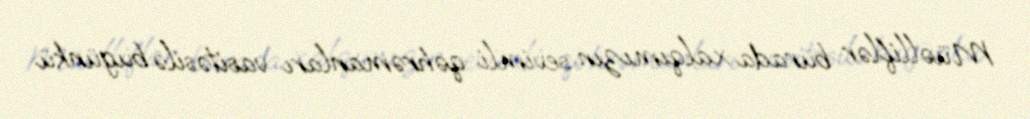
Müəlliflər burada xalqımızın sevimli qəhrəmanları vasitəsilə bugünkü